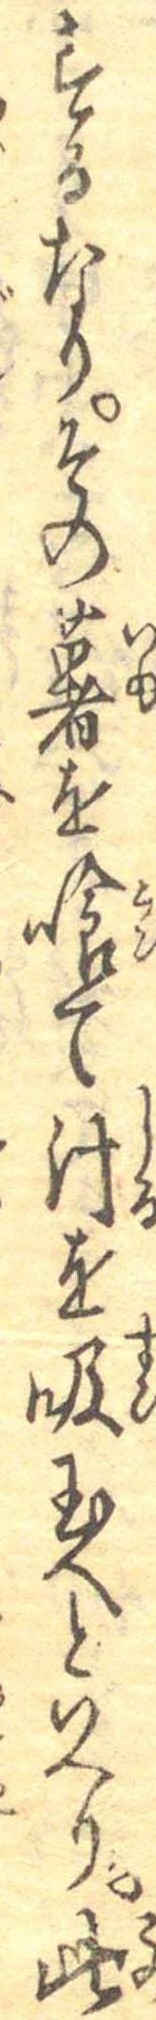
するなりその薯を喰て汁を吸玉へといへり此